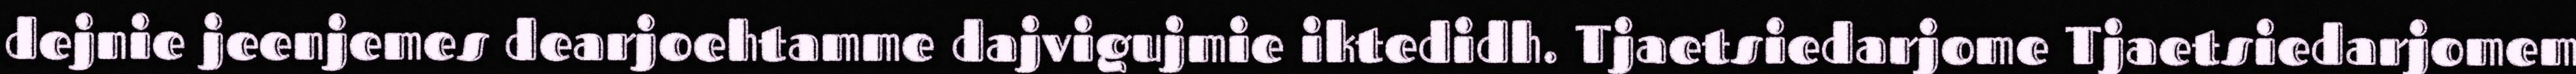
dejnie jeenjemes dearjoehtamme dajvigujmie iktedidh. Tjaetsiedarjome Tjaetsiedarjomem